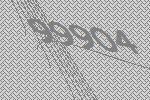
99904